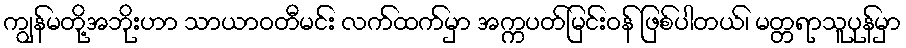
ကျွန်မတို့အဘိုးဟာ သာယာဝတီမင်း လက်ထက်မှာ အက္ကပတ်မြင်းဝန် ဖြစ်ပါတယ်၊ မတ္တရာသူပုန်မှာ